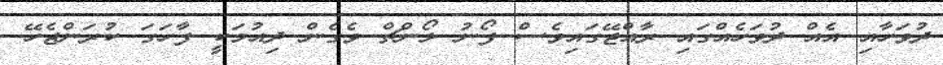
ދުވަހާއި އެއް ދުވަހެއްގައި ރާއްޖޭގައިވެސް ފޯނު ލޯންޗް ވެގެން ދިއުމަކީ ފާހަގަ ކުރަންޖެހޭ